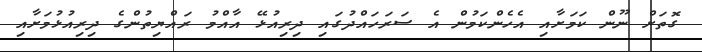
ގޮތަށް ނޫން ކަމަށާއި އެހެންކަމުން އެ ސަރަހައްދުގައި ދިރިއުޅޭ އާއްމު ރައްޔިތުންގެ ދިރިއުޅުމަށާއި